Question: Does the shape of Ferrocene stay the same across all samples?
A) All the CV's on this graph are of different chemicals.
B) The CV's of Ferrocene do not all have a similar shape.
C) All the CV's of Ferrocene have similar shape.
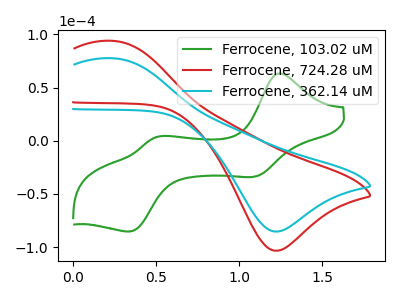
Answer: <think>The green curve "Ferrocene, 103.02 uM" has anodic peaks at (1.25V, 63.10uA) (0.50V, 3.45uA) and cathodic peaks at (1.10V, -33.85uA) (0.35V, -85.20uA). The red curve "Ferrocene, 724.28 uM" has an anodic peak at (0.25V, 93.85uA) and a cathodic peak at (1.20V, -103.40uA). The cyan curve "Ferrocene, 362.14 uM" has an anodic peak at (0.25V, 77.50uA) and a cathodic peak at (1.20V, -85.40uA).
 "Ferrocene, 103.02 uM" and "Ferrocene, 724.28 uM" have a different number of peaks. "Ferrocene, 103.02 uM" and "Ferrocene, 362.14 uM" have a different number of peaks. All the peaks in "Ferrocene, 724.28 uM" have a peak in "Ferrocene, 362.14 uM" at the same potential. Every peak in "Ferrocene, 724.28 uM" is higher than every peak in "Ferrocene, 362.14 uM".</think>
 <answer>C) All the CV's of "Ferrocene" have similar shape.</answer>
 <eval>C</eval>